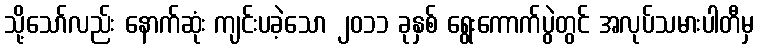
သို့သော်လည်း နောက်ဆုံး ကျင်းပခဲ့သော ၂၀၁၁ ခုနှစ် ရွေးကောက်ပွဲတွင် အလုပ်သမားပါတီမှ